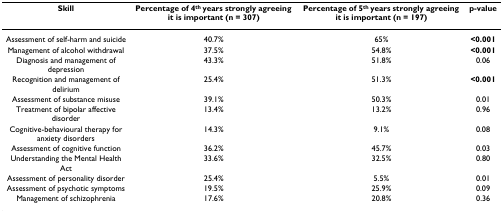
| Skill | Percentage of 4th years strongly agreeing it is important (n = 307) | Percentage of 5th years strongly agreeing it is important (n = 197) | p-value |
 | --- | --- | --- | --- |
 | Assessment of self-harm and suicide | 40.7% | 65% | <0.001 |
 | Management of alcohol withdrawal | 37.5% | 54.8% | <0.001 |
 | Diagnosis and management of depression | 43.3% | 51.8% | 0.06 |
 | Recognition and management of delirium | 25.4% | 51.3% | <0.001 |
 | Assessment of substance misuse | 39.1% | 50.3% | 0.01 |
 | Treatment of bipolar affective disorder | 13.4% | 13.2% | 0.96 |
 | Cognitive-behavioural therapy for anxiety disorders | 14.3% | 9.1% | 0.08 |
 | Assessment of cognitive function | 36.2% | 45.7% | 0.03 |
 | Understanding the Mental Health Act | 33.6% | 32.5% | 0.80 |
 | Assessment of personality disorder | 25.4% | 5.5% | 0.01 |
 | Assessment of psychotic symptoms | 19.5% | 25.9% | 0.09 |
 | Management of schizophrenia | 17.6% | 20.8% | 0.36 |